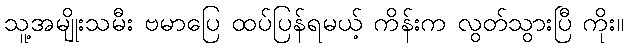
သူ့အမျိုးသမီး ဗမာပြေ ထပ်ပြန်ရမယ့် ကိန်းက လွတ်သွားပြီ ကိုး။